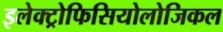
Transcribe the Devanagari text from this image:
इलेक्ट्रोफिसियोलोजिकल